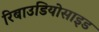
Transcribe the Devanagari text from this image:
रिबाउडियोसाइड